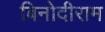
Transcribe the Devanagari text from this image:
बिनोदीराम